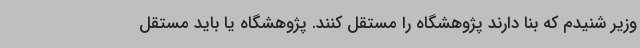
وزیر شنیدم که بنا دارند پژوهشگاه را مستقل کنند. پژوهشگاه یا باید مستقل